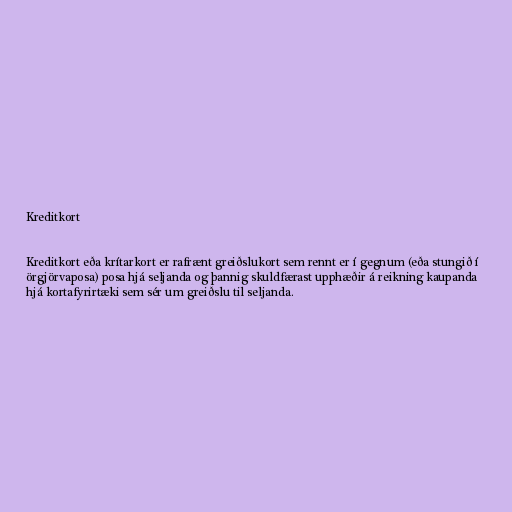
Kreditkort

Kreditkort eða krítarkort er rafrænt greiðslukort sem rennt er í gegnum (eða stungið í
örgjörvaposa) posa hjá seljanda og þannig skuldfærast upphæðir á reikning kaupanda
hjá kortafyrirtæki sem sér um greiðslu til seljanda.